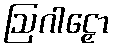
ဩဂါဠှော